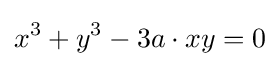
x^{3}+y^{3}-3a\cdot xy=0